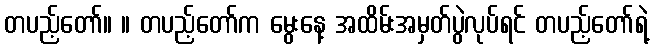
တပည့်တော်။ ။ တပည့်တော်က မွေးနေ့ အထိမ်းအမှတ်ပွဲလုပ်ရင် တပည့်တော်ရဲ့